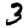
Digit: 3